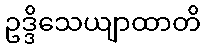
ဥဒ္ဒိသေယျာထာတိ